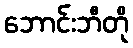
ဘောင်းဘီတို